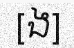
[ង]